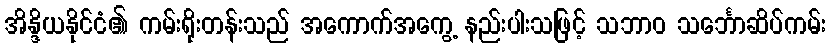
အိန္ဒိယနိုင်ငံ၏ ကမ်းရိုးတန်းသည် အကောက်အကွေ့ နည်းပါးသဖြင့် သဘာဝ သင်္ဘောဆိပ်ကမ်း